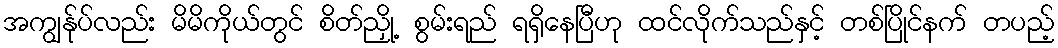
အကျွန်ုပ်လည်း မိမိကိုယ်တွင် စိတ်ညှို့ စွမ်းရည် ရရှိနေပြီဟု ထင်လိုက်သည်နှင့် တစ်ပြိုင်နက် တပည့်